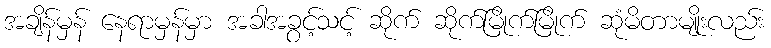
အချိန်မှန် နေရာမှန်မှာ အခါအခွင့်သင့် ဆိုက် ဆိုက်မြိုက်မြိုက် ဆုံမိတာမျိုးလည်း